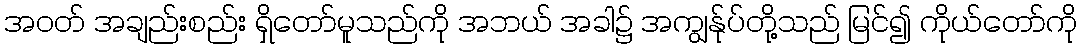
အဝတ် အချည်းစည်း ရှိတော်မူသည်ကို အဘယ် အခါ၌ အကျွန်ုပ်တို့သည် မြင်၍ ကိုယ်တော်ကို